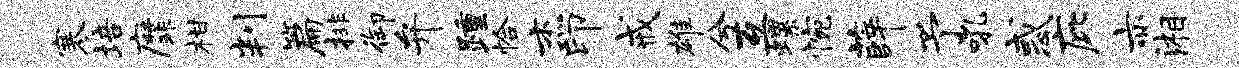
寒培縻柑判篇排御弁踵恰杰印戒雄兮互螺惋薛予吼惑庇亦湘